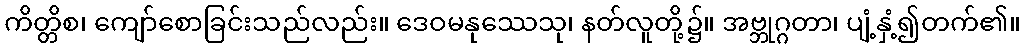
ကိတ္တိစ၊ ကျော်စောခြင်းသည်လည်း။ ဒေဝမနုဿေသု၊ နတ်လူတို့၌။ အဗ္ဘုဂ္ဂတာ၊ ပျံ့နှံ့၍တက်၏။